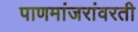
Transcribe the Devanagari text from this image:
पाणमांजरांवरती